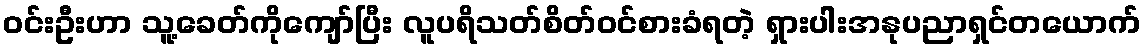
ဝင်းဦးဟာ သူ့ခေတ်ကိုကျော်ပြီး လူပရိသတ်စိတ်ဝင်စားခံရတဲ့ ရှားပါးအနုပညာရှင်တယောက်